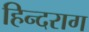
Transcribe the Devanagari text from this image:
हिन्दराग